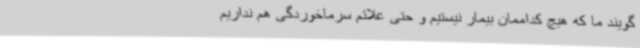
گویند ما که هیچ کداممان بیمار نیستیم و حتی علائم سرماخوردگی هم نداریم